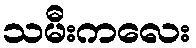
သမီးကလေး